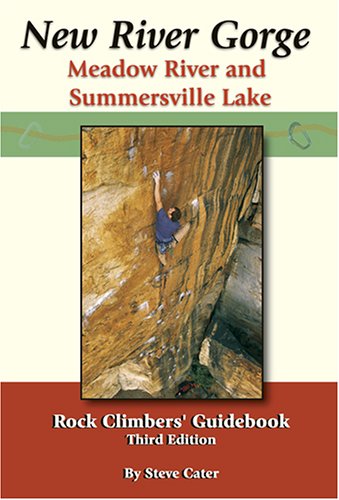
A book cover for New River Gorge, Meadow River and Summersville Lake Rock Climbers' Guidebook; Steve Cater; Travel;